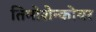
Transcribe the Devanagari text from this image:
तिमोशेन्कोवर